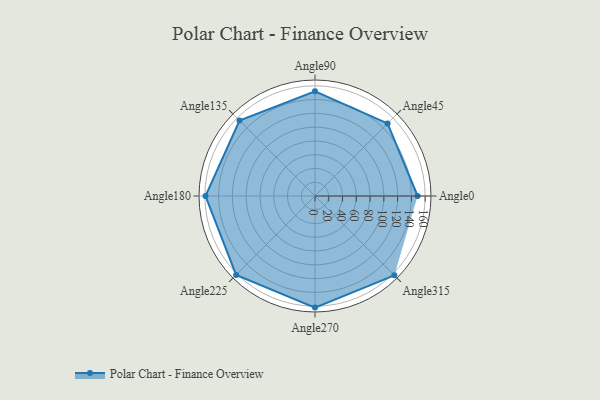
{"axis": {"x": "Angle", "y": "Radius"}, "legend": [""], "data": [{"x": "Angle0", "y": 149.0, "type": ""}, {"x": "Angle45", "y": 149.0, "type": ""}, {"x": "Angle90", "y": 152.0, "type": ""}, {"x": "Angle135", "y": 155.0, "type": ""}, {"x": "Angle180", "y": 159.0, "type": ""}, {"x": "Angle225", "y": 162.0, "type": ""}, {"x": "Angle270", "y": 162.0, "type": ""}, {"x": "Angle315", "y": 163.0, "type": ""}]}